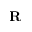
\mathbf { R }